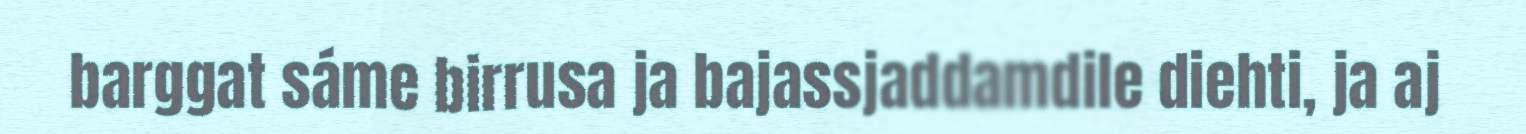
barggat sáme birrusa ja bajassjaddamdile diehti, ja aj